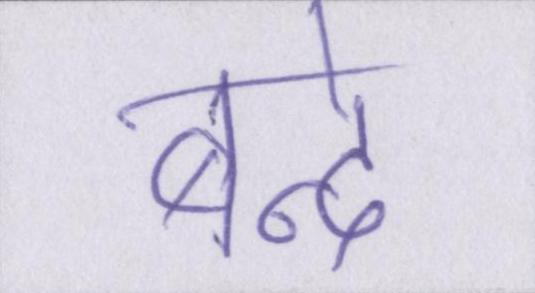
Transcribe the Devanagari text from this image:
बन्दे